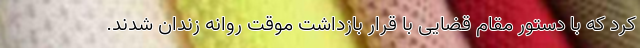
کرد که با دستور مقام قضایی با قرار بازداشت موقت روانه زندان شدند.